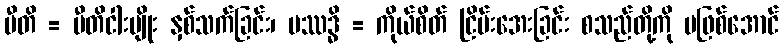
ပီတိ = ပီတိငါးမျိုး နှစ်သက်ခြင်း၊ ပဿဒ္ဓိ = ကိုယ်စိတ် ငြိမ်းအေးခြင်း စသည်တို့ကို မဖြစ်အောင်